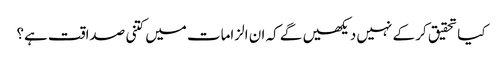
کیا تحقیق کر کے نہیں دیکھیں گے کہ ان الزامات میں کتنی صداقت ہے؟